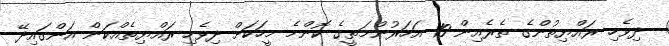
ދިވެހި ރައްޔިތުންގެ ތެރެއިން 10 އަހަރުންމަތީގެ ކޮންމެ މީހަކަށް ދިވެހި ރައްޔިތެއްކަން އަންގައިދޭ